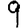
Digit: 9